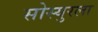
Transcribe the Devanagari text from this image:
सोस्युरला